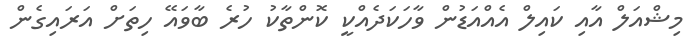
މިޝްއަލް އާއި ކައިލް އެއްއަޑުން ވާހަކަދެއްކީ ކޮންތާކު ހުރެ ބާވައޭ ހިތަށް އަރައިގެން